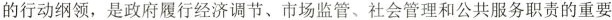
的行动纲领，是政府履行经济调节、市场监管、社会管理和公共服务职责的重要